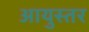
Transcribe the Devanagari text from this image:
आयुस्तर